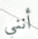
أنني